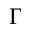
\Gamma